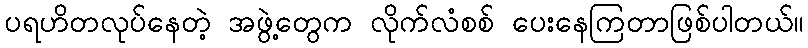
ပရဟိတလုပ်နေတဲ့ အဖွဲ့တွေက လိုက်လံစစ် ပေးနေကြတာဖြစ်ပါတယ်။